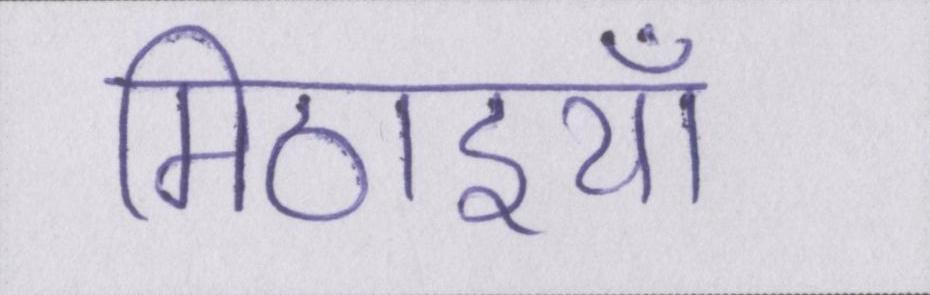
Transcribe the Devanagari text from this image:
मिठाइयाँ